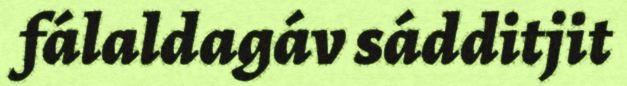
fálaldagáv sádditjit